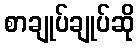
စာချုပ်ချုပ်ဆို